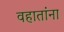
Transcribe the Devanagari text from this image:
वहातांना